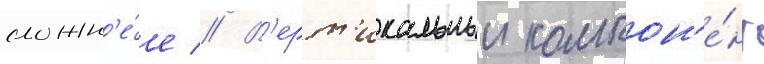
сложн'е́е // В'ерт'икальныи компон'е́нт